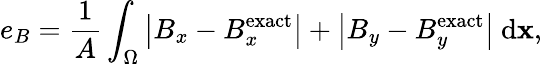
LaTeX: e_{B}=\frac{1}{A}\int_{\Omega}\left|B_{x}-B_{x}^{\mathrm{exact}}\right|+\left|B_{y}-B_{y}^{\mathrm{exact}}\right|\ \mathrm{d}\mathbf{x},